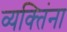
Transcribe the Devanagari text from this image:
व्यक्‍तिंना